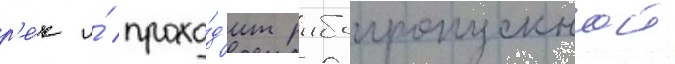
р'е́к и́ прохо́д'ит рыбопропускнои